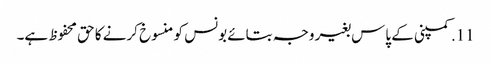
11. کمپنی کے پاس بغیر وجہ بتائے بونس کو منسوخ کرنے کا حق محفوظ ہے۔